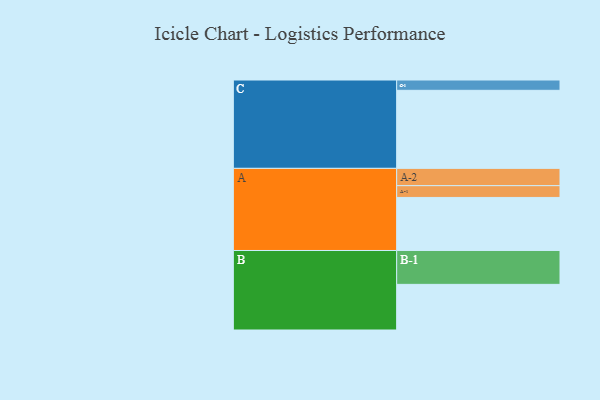
{"axis": {"x": "Segment", "y": "Value"}, "legend": ["", "A", "B", "C"], "data": [{"x": "A", "y": 365, "type": ""}, {"x": "B", "y": 314, "type": ""}, {"x": "C", "y": 537, "type": ""}, {"x": "A-1", "y": 81, "type": "A"}, {"x": "A-2", "y": 119, "type": "A"}, {"x": "B-1", "y": 233, "type": "B"}, {"x": "C-1", "y": 71, "type": "C"}]}